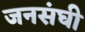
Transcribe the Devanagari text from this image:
जनसंघी